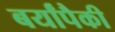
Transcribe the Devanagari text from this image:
बर्यांपैकी